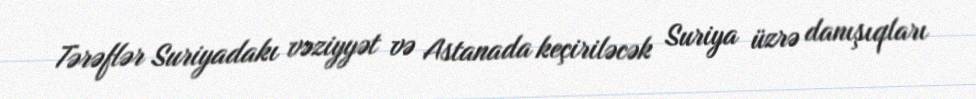
Tərəflər Suriyadakı vəziyyət və Astanada keçiriləcək Suriya üzrə danışıqları